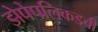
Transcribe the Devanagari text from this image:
झेपेपलिकडची